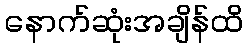
နောက်ဆုံးအချိန်ထိ